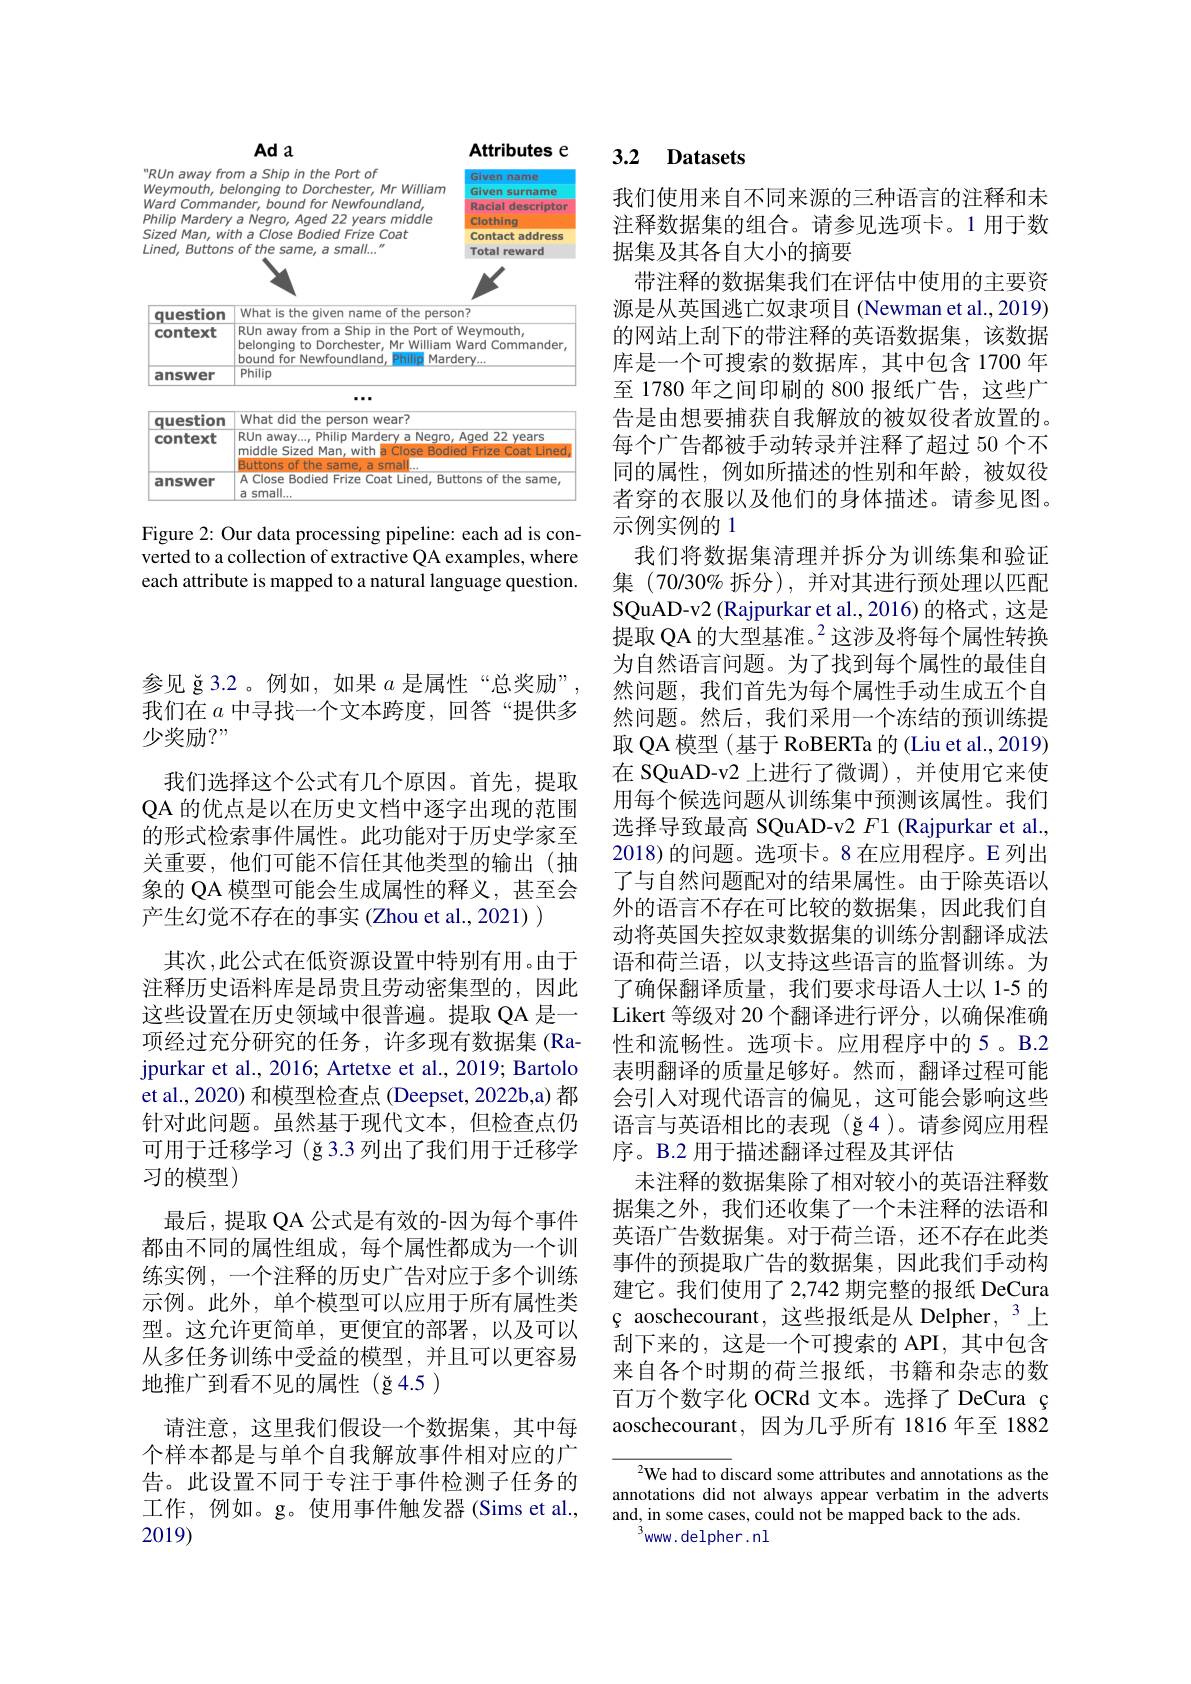
### Ada
<table>
	<tbody>
		<tr>
			<td>"RUn away frc Weymouth, $be$ Ward 1 Comman Philip Marden 1 Sized Man, $Wi$ $Lined$, 1.200 Buttons </td>
			<td>ma Ship in the Port of elonging to Dorchester, Mr William nder, bound for Newfoundland, a Negro, Aged 22 years middle tha Close Bodied Frize Coat $ofthesame,asmall...^{\prime\prime}$</td>
			<td>Given name Given surname 1 Racial descripton 1 Clothing Contact address Total reward</td>
		</tr>
		<tr>
			<td>Sized Man, $Wi$ $Lined$, Buttons</td>
			<td>tha Close Bodied Frize Coat $ofthesame,asmall...^{\prime\prime}$</td>
			<td>Contact address Total reward</td>
		</tr>
		<tr>
			<td>yuwhivi context</td>
			<td>RUn away from a Ship in the Port of belonging to Dorchester, Mr William bound for Newfoundland, Philip 1 Mard</td>
			<td>Weymouth, Ward Commander $lery...$</td>
		</tr>
		<tr>
			<td>-11-77-</td>
			<td>0</td>
			<td> </td>
		</tr>
		<tr>
			<td>question</td>
			<td>What did the person wear?</td>
			<td> </td>
		</tr>
		<tr>
			<td>context</td>
			<td>RUn away..., Philip Mardery a Negro, middle Sized Man, with a Close Bodie Buttons of the same. 1 a smal</td>
			<td>Aqed 22 years Frize Coat Lined ed</td>
		</tr>
		<tr>
			<td>answer</td>
			<td>A Close Bodied Frize Coat Lined, But a small.</td>
			<td>ttons of the same,</td>
		</tr>
	</tbody>
</table>

Attributes e

Figure 2: Our data processing pipeline: each ad is converted to a collection of extractive QA examples, where each attribute is mapped to a natural language question.

参见 ğ3.2。例如，如果$a$是属性“总奖励”, 我们在$a$中寻找一个文本跨度，回答“提供多少奖励？"
我们选择这个公式有几个原因。首先，提取QA 的优点是以在历史文档中逐字出现的范围的形式检索事件属性。此功能对于历史学家至关重要，他们可能不信任其他类型的输出(抽象的 QA 模型可能会生成属性的释义，甚至会产生幻觉不存在的事实(Zhou et al., 2021) )
其次，此公式在低资源设置中特别有用。由于注释历史语料库是昂贵且劳动密集型的，因此这些设置在历史领域中很普遍。提取 QA 是一项经过充分研究的任务，许多现有数据集(Ra-1) jpurkar et al., 2016; Artetxe et al., 2019; Bartolo et al., 2020) 和模型检查点 (Deepset, 2022b,a) 都针对此问题。虽然基于现代文本，但检查点仍可用于迁移学习 (ğ3.3 列出了我们用于迁移学习的模型)
最后，提取 QA 公式是有效的-因为每个事件都由不同的属性组成，每个属性都成为一个训练实例，一个注释的历史广告对应于多个训练示例。此外，单个模型可以应用于所有属性类型。这允许更简单，更便宜的部署，以及可以从多任务训练中受益的模型，并且可以更容易地推广到看不见的属性(ğ4.5)
请注意，这里我们假设一个数据集，其中每个样本都是与单个自我解放事件相对应的广告。此设置不同于专注于事件检测子任务的工作，例如。g。使用事件触发器(Sims et al., 2019)

### 3.2 Datasets

我们使用来自不同来源的三种语言的注释和未注释数据集的组合。请参见选项卡。1 用于数据集及其各自大小的摘要
带注释的数据集我们在评估中使用的主要资源是从英国逃亡奴隶项目 (Newman et al., 2019) 的网站上刮下的带注释的英语数据集，该数据库是一个可搜索的数据库，其中包含 1700 年至 1780 年之间印刷的 800 报纸广告，这些广告是由想要捕获自我解放的被奴役者放置的。每个广告都被手动转录并注释了超过 50 个不同的属性，例如所描述的性别和年龄，被奴役者穿的衣服以及他们的身体描述。请参见图。示例实例的 1
我们将数据集清理并拆分为训练集和验证集 (70/30% 拆分),并对其进行预处理以匹配SQuAD-v2 (Rajpurkar et al., 2016) 的格式 , 这是提取 QA 的大型基准。$^2$这涉及将每个属性转换为自然语言问题。为了找到每个属性的最佳自然问题，我们首先为每个属性手动生成五个自然问题。然后，我们采用一个冻结的预训练提取 QA 模型 (基于 RoBERTa 的 (Liu et al., 2019) 在 SQuAD-v2 上进行了微调),并使用它来使用每个候选问题从训练集中预测该属性。我们选择导致最高 SQuAD-v2 $F1$ (Rajpurkar et al., 2018)的问题。选项卡。8 在应用程序。E 列出了与自然问题配对的结果属性。由于除英语以外的语言不存在可比较的数据集，因此我们自动将英国失控奴隶数据集的训练分割翻译成法语和荷兰语，以支持这些语言的监督训练。为了确保翻译质量，我们要求母语人士以 1-5 的Likert 等级对 20 个翻译进行评分，以确保准确性和流畅性。选项卡。应用程序中的 5 。B.2表明翻译的质量足够好。然而，翻译过程可能会引入对现代语言的偏见，这可能会影响这些语言与英语相比的表现(ğ4)。请参阅应用程序。B.2 用于描述翻译过程及其评估
未注释的数据集除了相对较小的英语注释数据集之外，我们还收集了一个未注释的法语和英语广告数据集。对于荷兰语，还不存在此类事件的预提取广告的数据集，因此我们手动构建它。我们使用了 2,742 期完整的报纸 DeCura ç aoschecourant, 这些报纸是从 Delpher, 3 上刮 下 来 的 , 这 是 一 个 可 搜 索 的 API, 其 中 包 含 来自各个时期的荷兰报纸，书籍和杂志的数百万个数字化 OCRd 文本。选择了 DeCura ç aoschecourant, 因为几乎所有 1816 年至 1882

$^{2}$We had to discard some attributes and annotations as the annotations did not always appear verbatim in the adverts and, in some cases, could not be mapped back to the ads.
$^{3}$www. delpher. nl